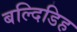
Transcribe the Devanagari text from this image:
बल्दिडिह